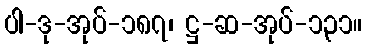
ပါ-ဒု-အုပ်-၁၈၇၊ ဋ္ဌ-ဆ-အုပ်-၁၃၁။